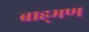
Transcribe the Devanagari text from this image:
ब्राह्‌मण